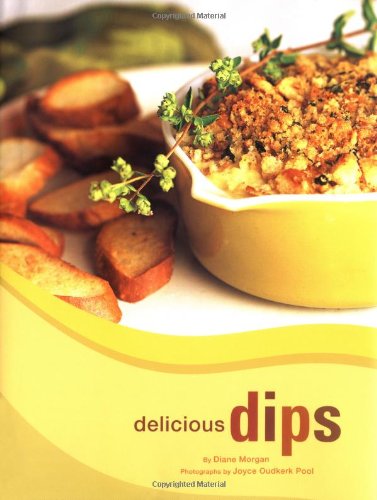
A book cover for Delicious Dips; Diane Morgan; Cookbooks, Food & Wine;